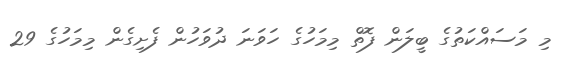
މި މަސައްކަތުގެ ބީލަން ފޮތް މިމަހުގެ ހަވަނަ ދުވަހުން ފެށިގެން މިމަހުގެ 29